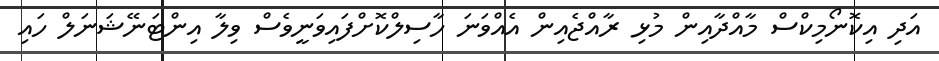
އަދި އިކޮނޯމިކްސް މާއްދާއިން މުޅި ރާއްޖެއިން އެއްވަނަ ހާސިލްކޮށްފައިވަނީވެސް ވިލާ އިންޓަނޭޝަނަލް ހައި